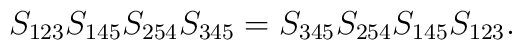
S_{123}S_{145}S_{254}S_{345}=S_{345}S_{254}S_{145}S_{123}.